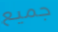
جميع